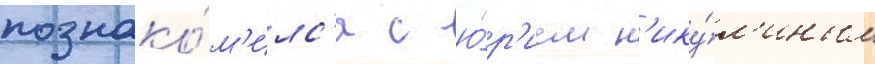
познако́м'илс'я с ю́р'ием н'ику́л'иным